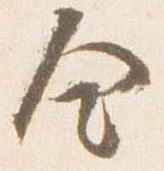
舎